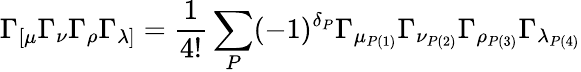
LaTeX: \Gamma_{[\mu}\Gamma_{\nu}\Gamma_{\rho}\Gamma_{\lambda]}=\frac{1}{4!}\sum_{P}(-1)^{\delta_{P}}\Gamma_{\mu_{P(1)}}\Gamma_{\nu_{P(2)}}\Gamma_{\rho_{P(3)}}\Gamma_{\lambda_{P(4)}}